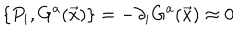
LaTeX: \{ P _ { i } , G ^ { a } ( \vec { x } ) \} = - \partial _ { i } G ^ { a } ( \vec { x } ) \approx 0